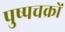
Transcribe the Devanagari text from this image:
पुष्पचक्रों